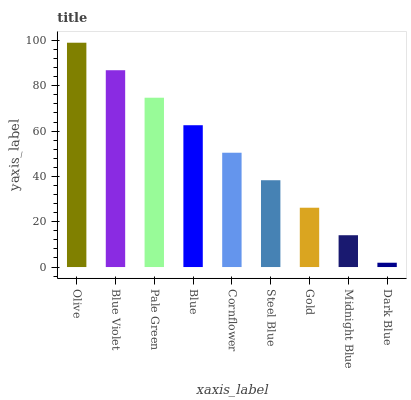
| xaxis_label | bars |
 | --- | --- |
 | Olive | 99 |
 | Blue Violet | 86.9 |
 | Pale Green | 74.7 |
 | Blue | 62.6 |
 | Cornflower | 50.5 |
 | Steel Blue | 38.3 |
 | Gold | 26.2 |
 | Midnight Blue | 14 |
 | Dark Blue | 1.9 |